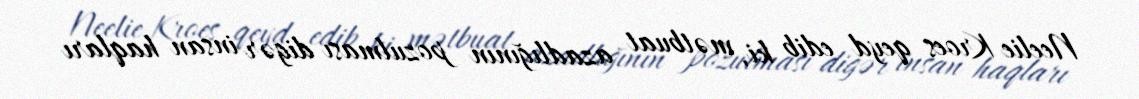
Neelie Kroes qeyd edib ki, mətbuat azadlığının pozulması digər insan haqları